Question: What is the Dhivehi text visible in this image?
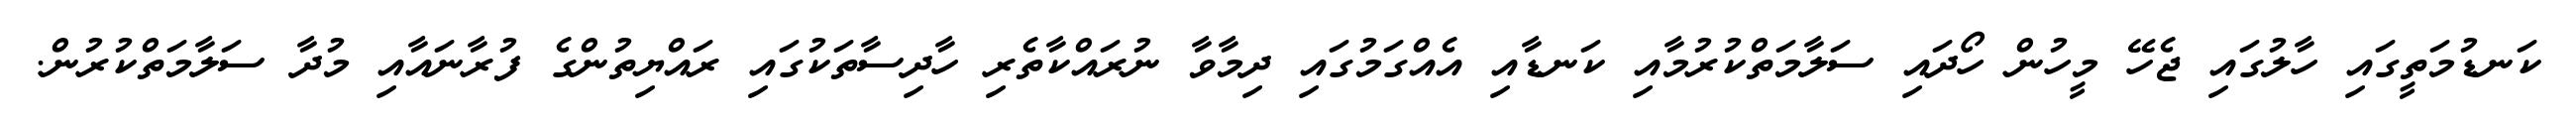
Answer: ކަނޑުމަތީގައި ހާލުގައި ޖެހޭ މީހުން ހޯދައި ސަލާމަތްކުރުމާއި ކަނޑާއި އެއްގަމުގައި ދިމާވާ ނުރައްކާތެރި ހާދިސާތަކުގައި ރައްޔިތުންގެ ފުރާނައާއި މުދާ ސަލާމަތްކުރުން.